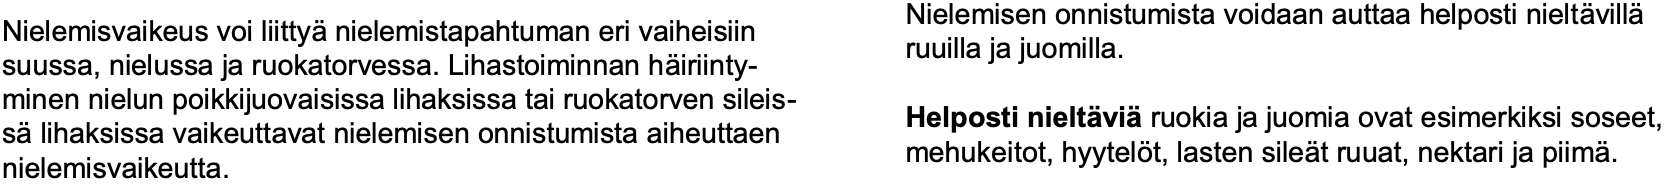
Nielemisen onnistumista voidaan auttaa helposti nieltävillä Nielemisvaikeus voi liittyänielemistapahtuman eri vaiheisiin ruuilla ja juomilla. suussa, nielussa ja ruokatorvessa. Lihastoiminnan häiriinty- minen nielun poikkijuovaisissa lihaksissa tai ruokatorven sileis- Helposti nieltäviäruokia ja juomia ovat esimerkiksi soseet, sälihaksissa vaikeuttavat nielemisen onnistumista aiheuttaen mehukeitot, hyytelöt, lasten sileät ruuat, nektari ja piimä. nielemisvaikeutta.